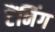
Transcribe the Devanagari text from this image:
टैंनिंग